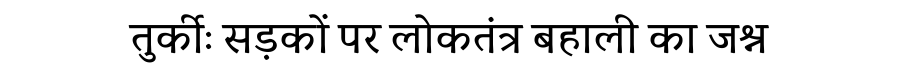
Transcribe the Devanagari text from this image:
तुर्कीः सड़कों पर लोकतंत्र बहाली का जश्न